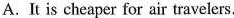
A. It is cheaper for air travelers.